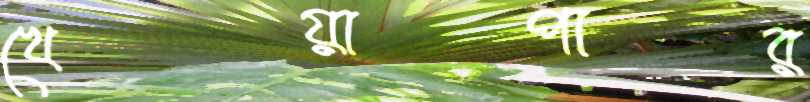
খেয়াপার